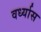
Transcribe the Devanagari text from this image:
वर्ध्यास